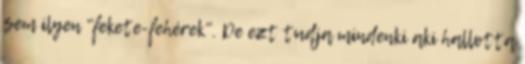
sem ilyen "fekete-fehérek". De ezt tudja mindenki aki hallotta